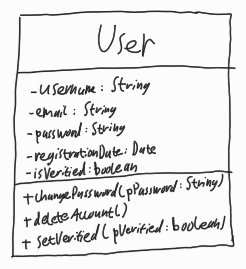
Diagram type: class_diagram
```plantuml
@startuml

class User {
  - username: String
  - email: String
  - password: String
  - registrationDate: Date
  - isVerified: boolean
  + changePassword(pPassword: String)
  + deleteAccount()
  + setVerified(pVerified: boolean)
}

@enduml
```